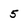
Character: 5